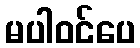
မပါဝင်ပေ